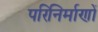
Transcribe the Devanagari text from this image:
परिनिर्माणों